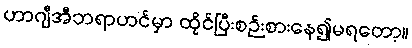
ဟာဂျီအီဘရာဟင်မှာ ထိုင်ပြီးစဉ်းစားနေ၍မရတော့။